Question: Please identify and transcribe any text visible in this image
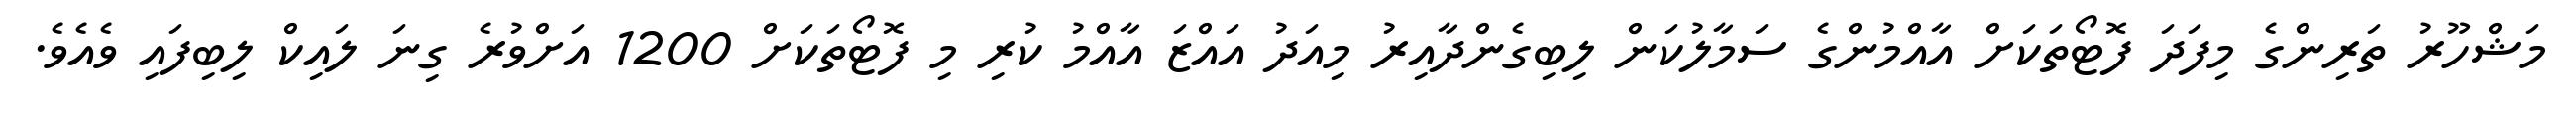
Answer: މަޝްހޫރު ތަރިންގެ މިފަދަ ފޮޓޯތަކަށް އާއްމުންގެ ސަމާލުކަން ލިބިގެންދާއިރު މިއަދު އައްޒަ އާއްމު ކުރި މި ފޮޓޯތަކަށް 1200 އަށްވުރެ ގިނަ ލައިކް ލިބިފައި ވެއެވެ.